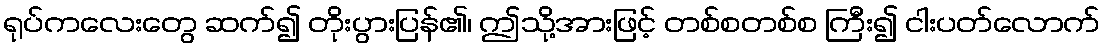
ရုပ်ကလေးတွေ ဆက်၍ တိုးပွားပြန်၏၊ ဤသို့အားဖြင့် တစ်စတစ်စ ကြီး၍ ငါးပတ်လောက်